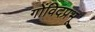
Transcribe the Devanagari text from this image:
गोंविदप्रभू